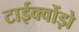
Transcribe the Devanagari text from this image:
टाईक्वोंड़ो